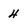
Character: 4